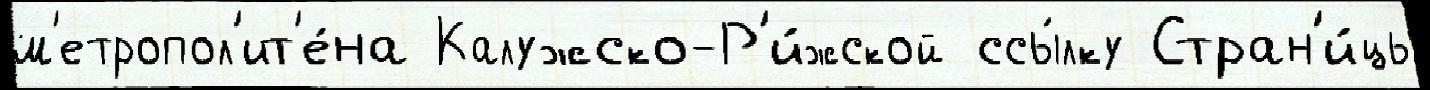
м'етропол'ит'е́на Калужско-Р'и́жской ссы́лку Стран'и́цы